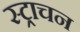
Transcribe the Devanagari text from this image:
स्ट्राचन